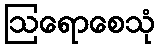
ဩရောစေသုံ